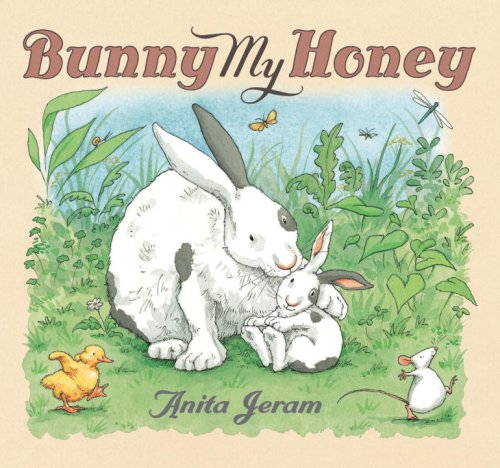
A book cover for Bunny My Honey; Anita Jeram; Children's Books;